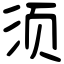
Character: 须